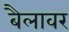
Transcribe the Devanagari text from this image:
बैलावर